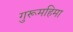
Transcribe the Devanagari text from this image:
गुरूमहिमा